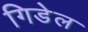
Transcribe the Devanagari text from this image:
गिडेल